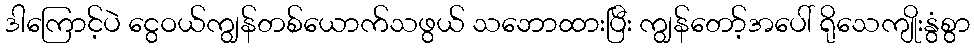
ဒါကြောင့်ပဲ ငွေဝယ်ကျွန်တစ်ယောက်သဖွယ် သဘောထားပြီး ကျွန်တော့်အပေါ် ရိုသေကျိုးနွံစွာ